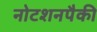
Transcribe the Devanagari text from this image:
नोटशनपैकी